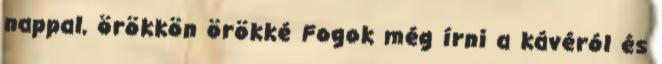
nappal, örökkön örökké Fogok még írni a kávéról és